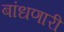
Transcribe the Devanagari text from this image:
बांधणारी